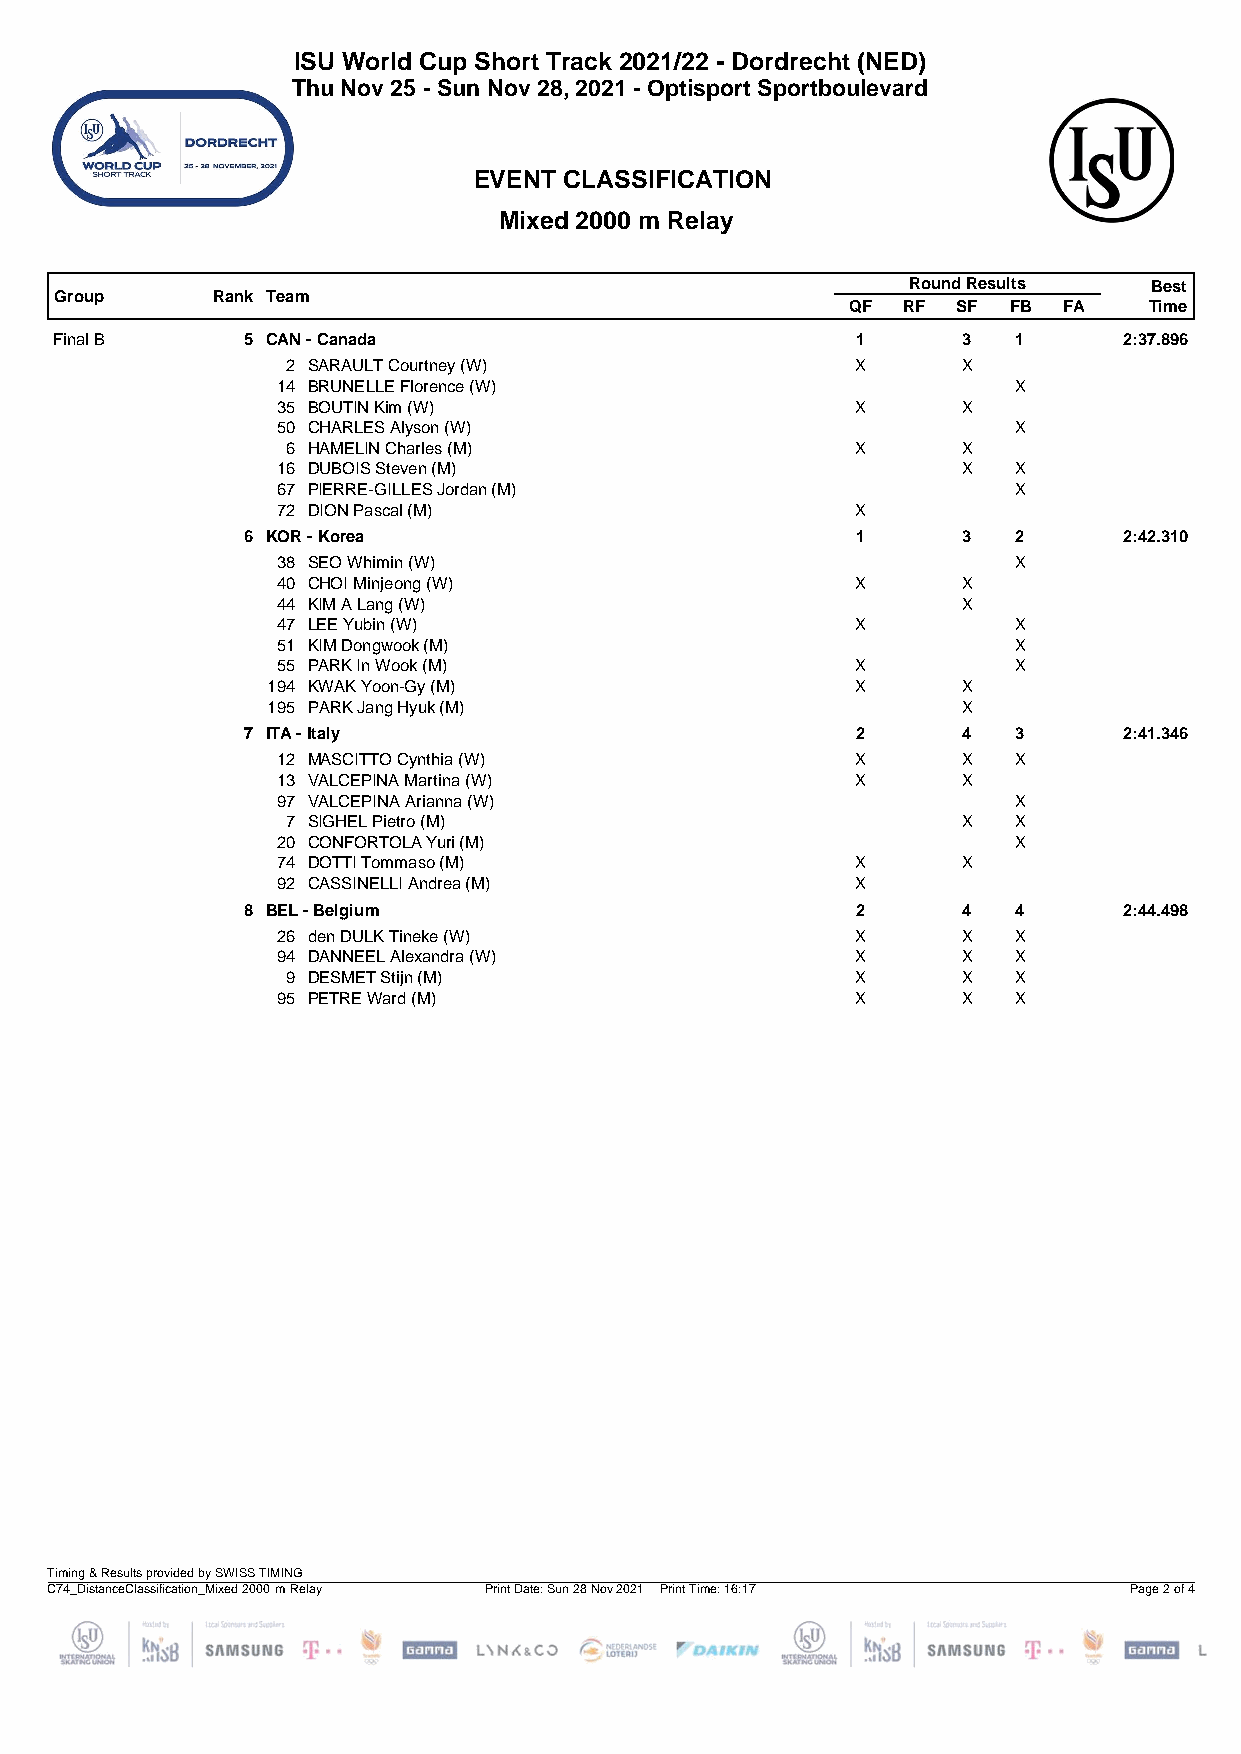
ISU World Cup Short Track 2021/22 - Dordrecht (NED)
 Thu Nov 25 - Sun Nov 28, 2021 - Optisport Sportboulevard
 EVENT CLASSIFICATION
 Mixed 2000 m Relay
 Round Results   Best
 Group     Rank Team
 QF  RF SF  FB FA    Time
 Final B     5 CAN - Canada                           1      3  1      2:37.896
 2 SARAULT Courtney (W)                X      X
 14 BRUNELLE Florence (W)                         X
 35 BOUTIN Kim (W)                      X      X
 50 CHARLES Alyson (W)                            X
 6 HAMELIN Charles (M)                 X      X
 16 DUBOIS Steven (M)                          X  X
 67 PIERRE-GILLES Jordan (M)                      X
 72 DION Pascal (M)                     X
 6 KOR - Korea                            1      3  2      2:42.310
 38 SEO Whimin (W)                                X
 40 CHOI Minjeong (W)                   X      X
 44 KIM A Lang (W)                             X
 47 LEE Yubin (W)                       X         X
 51 KIM Dongwook (M)                              X
 55 PARK In Wook (M)                    X         X
 194 KWAK Yoon-Gy (M)                   X      X
 195 PARK Jang Hyuk (M)                        X
 7 ITA - Italy                            2      4  3      2:41.346
 12 MASCITTO Cynthia (W)                X      X  X
 13 VALCEPINA Martina (W)               X      X
 97 VALCEPINA Arianna (W)                         X
 7 SIGHEL Pietro (M)                          X  X
 20 CONFORTOLA Yuri (M)                           X
 74 DOTTI Tommaso (M)                   X      X
 92 CASSINELLI Andrea (M)               X
 8 BEL - Belgium                          2      4  4      2:44.498
 26 den DULK Tineke (W)                 X      X  X
 94 DANNEEL Alexandra (W)               X      X  X
 9 DESMET Stijn (M)                    X      X  X
 95 PETRE Ward (M)                      X      X  X
 Timing & Results provided by SWISS TIMING
 C74_DistanceClassification_Mixed 2000 m Relay Print Date: Sun 28 Nov 2021 Print Time: 16:17 Page 2 of 4